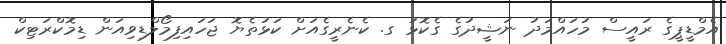
އެމްޑީޕީގެ ރައީސް މުހައްމަދު ނަޝީދުގެ ގެކޮޅު ގ. ކެނެރީގެއަށް ކަޅުތެޔޮ ޖަހައިފިމޯލްޑިވިއަން ޑިމޮކްރަޓިކް